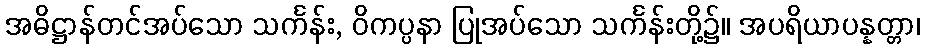
အဓိဋ္ဌာန်တင်အပ်သော သင်္ကန်း, ဝိကပ္ပနာ ပြုအပ်သော သင်္ကန်းတို့၌။ အပရိယာပန္နတ္တာ၊